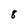
Character: 8